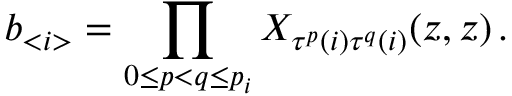
b _ { < i > } = \prod _ { 0 \leq p < q \leq p _ { i } } X _ { \tau ^ { p } ( i ) \tau ^ { q } ( i ) } ( z , z ) \, .